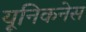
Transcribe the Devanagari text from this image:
यूनिकनेस